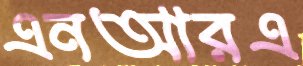
এনআরএ